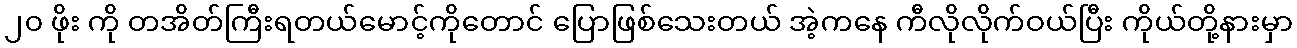
၂၀ ဖိုး ကို တအိတ်ကြီးရတယ်မောင့်ကိုတောင် ပြောဖြစ်သေးတယ် အဲ့ကနေ ကီလိုလိုက်ဝယ်ပြီး ကိုယ်တို့နားမှာ